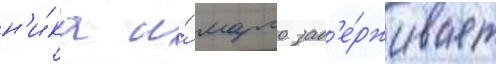
н'и́ка и́ марго зад'е́рживает